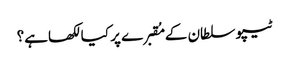
ٹیپو سلطان کے مُقبرے پر کیا لکھاہے؟